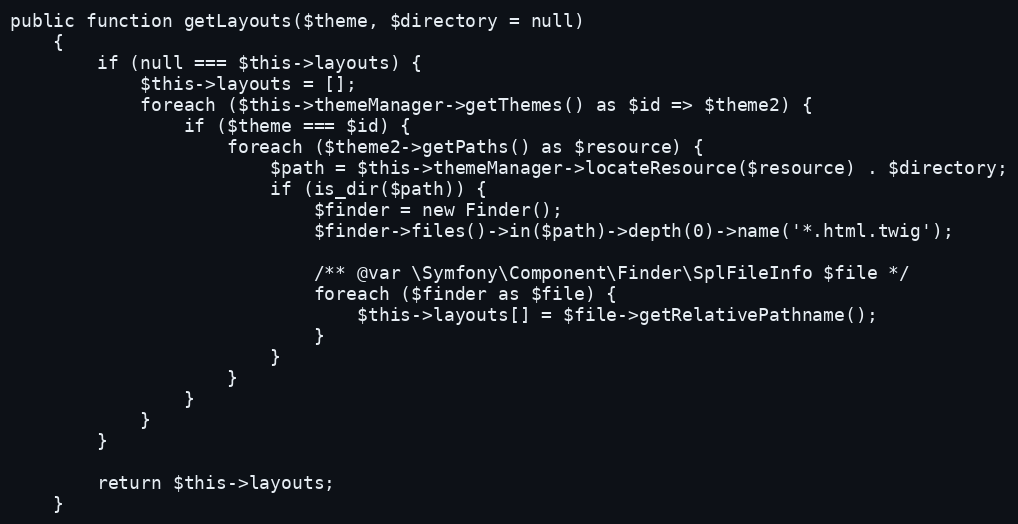
Language: PHP
public function getLayouts($theme, $directory = null)
    {
        if (null === $this->layouts) {
            $this->layouts = [];
            foreach ($this->themeManager->getThemes() as $id => $theme2) {
                if ($theme === $id) {
                    foreach ($theme2->getPaths() as $resource) {
                        $path = $this->themeManager->locateResource($resource) . $directory;
                        if (is_dir($path)) {
                            $finder = new Finder();
                            $finder->files()->in($path)->depth(0)->name('*.html.twig');

                            /** @var \Symfony\Component\Finder\SplFileInfo $file */
                            foreach ($finder as $file) {
                                $this->layouts[] = $file->getRelativePathname();
                            }
                        }
                    }
                }
            }
        }

        return $this->layouts;
    }